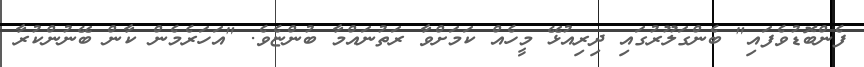
ފެންބޮޑުވެފައި" ބެންގަލޫރުގައި ދިރިއުޅޭ މީހެއް ކަމަށްވާ ރަތުނައްމާ ބުންޏެވެ. "އަހަރެމެން ކާން ބޭނުންކުރާ